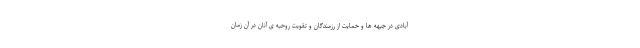
آبادی در جبهه ها و حمایت از رزمندگان و تقویت روحیه ی آنان در آن زمان